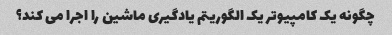
چگونه یک کامپیوتر یک الگوریتم یادگیری ماشین را اجرا می کند؟